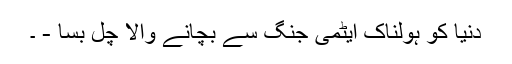
دنیا کو ہولناک ایٹمی جنگ سے بچانے والا چل بسا - ۔